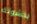
بخشونة